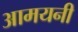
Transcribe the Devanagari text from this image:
आमयनी